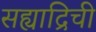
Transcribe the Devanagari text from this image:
सह्याद्रिची